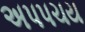
અપપચય